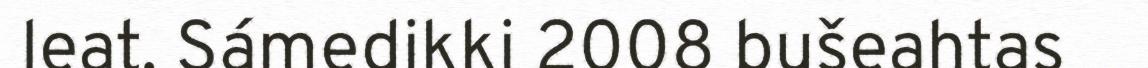
leat. Sámedikki 2008 bušeahtas